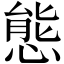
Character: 態